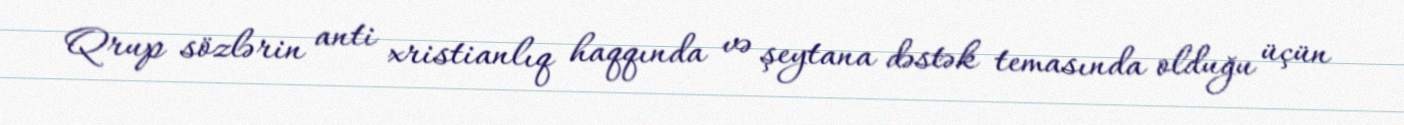
Qrup sözlərin anti xristianlıq haqqında və şeytana dəstək temasında olduğu üçün